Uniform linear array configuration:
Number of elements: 16
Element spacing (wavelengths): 0.75
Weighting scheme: binomial
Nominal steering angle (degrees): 15
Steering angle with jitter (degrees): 14.904
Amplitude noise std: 0.05
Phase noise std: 0.05

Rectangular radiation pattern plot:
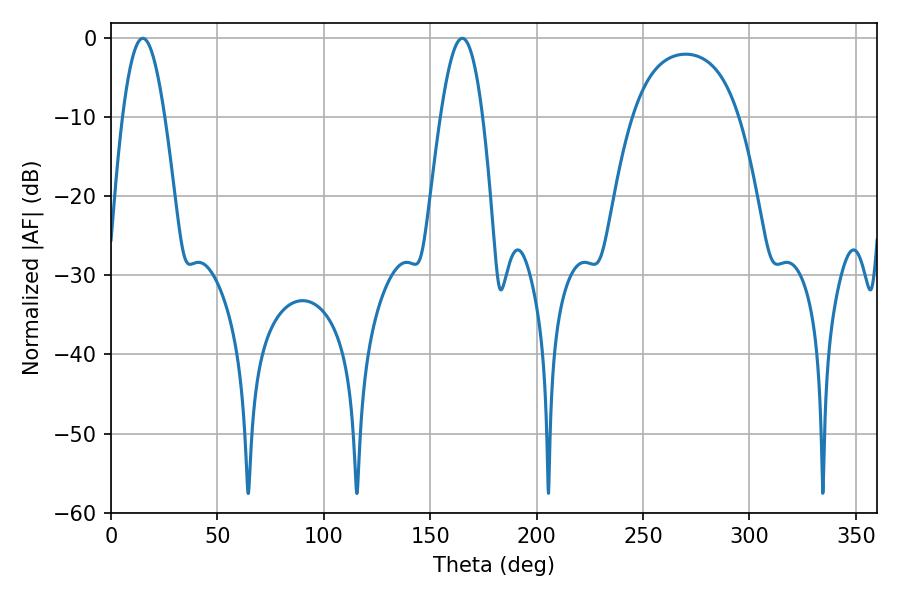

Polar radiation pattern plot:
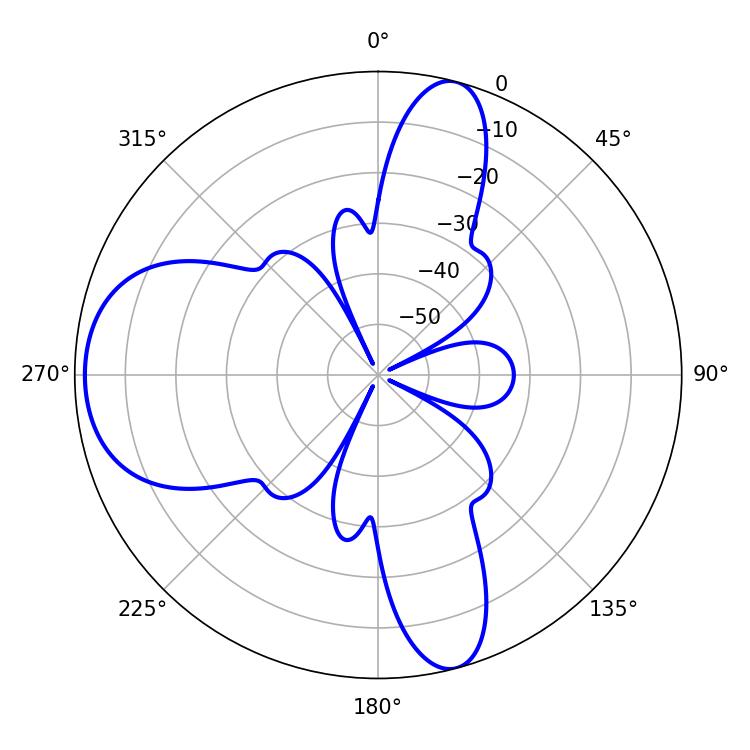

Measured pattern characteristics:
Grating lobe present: TRUE
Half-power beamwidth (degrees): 10.62
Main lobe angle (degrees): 14.94